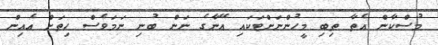
މުސްކާން އެތާ ތިބި މީހުންނަށްޓަކައި އޭނާގެ ނަން ބުނި ނަމަވެސް ހިތަށް އެއިން